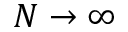
N \rightarrow \infty